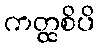
ကတ္ထစိပိ